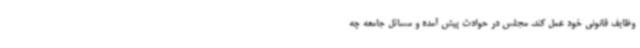
وظایف قانونی خود عمل کند. مجلس در حوادث پیش آمده و مسائل جامعه چه